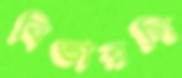
বিভারলি